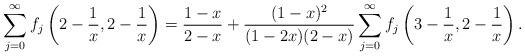
LaTeX: \begin{align*}\sum_{j=0}^\infty f_j \left(2-\frac{1}{x}, 2- \frac{1}{x} \right) = \frac{1-x}{2-x} + \frac{(1-x)^2}{(1-2x)(2-x)} \sum_{j=0}^\infty f_j \left(3-\frac{1}{x}, 2- \frac{1}{x} \right).\end{align*}